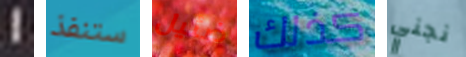
1 ستنفذ ضئيل كذلك نجني